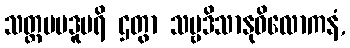
သတ္တမပဒူပရိ ဌတွာ သဗ္ဗဒိသာနုဝိလောကနံ,